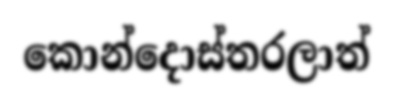
කොන්දොස්තරලාත්